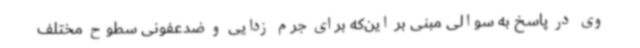
وی در پاسخ به سوالی مبنی بر این‌که برای جرم زدایی و ضدعفونی سطوح مختلف